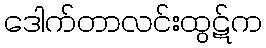
ဒေါက်တာလင်းထွဋ်က